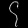
Digit: ၄